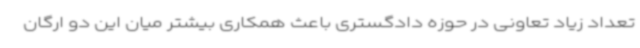
تعداد زیاد تعاونی در حوزه دادگستری باعث همکاری بیشتر میان این دو ارگان